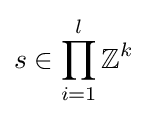
s\in \prod _{i=1}^{l}\mathbb {Z} ^{k}